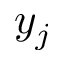
y _ { j }